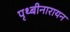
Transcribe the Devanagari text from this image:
पृथ्बीनारायन